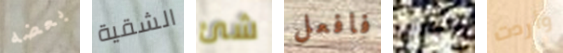
بعضه الشقية شئ فافعل سيدي وأردت